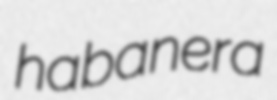
habanera